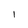
Character: 1